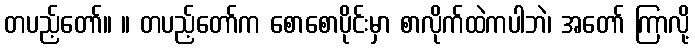
တပည့်တော်။ ။ တပည့်တော်က စောစောပိုင်းမှာ စာလိုက်ထဲကပါဘဲ၊ အတော် ကြာလို့